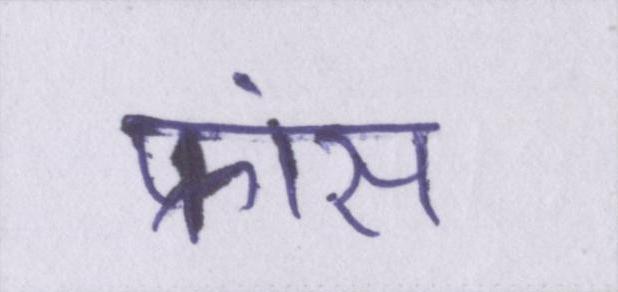
फ्रांस